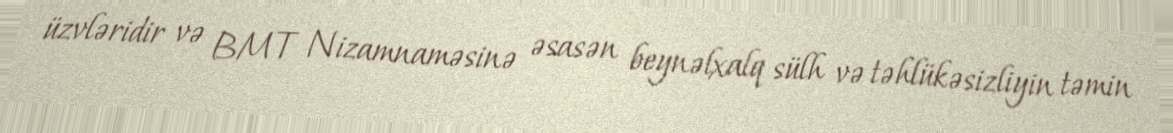
üzvləridir və BMT Nizamnaməsinə əsasən beynəlxalq sülh və təhlükəsizliyin təmin